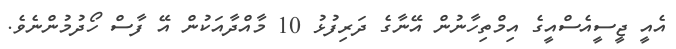
އެއީ ޖީސީއެސްއީގެ އިމްތިހާނުން އޭނާގެ ދަރިފުޅު 10 މާއްދާއަކުން އޭ ފާސް ހޯދުމުންނެވެ.